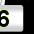
Digit: 3